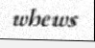
whews